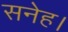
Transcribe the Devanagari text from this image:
सनेह।